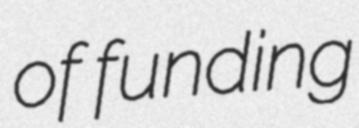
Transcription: of funding